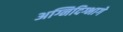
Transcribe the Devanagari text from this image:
अग्निदिग्भागे